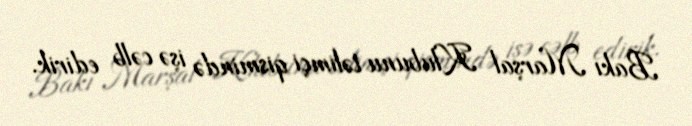
Bakı Marşal Klubunu təlimçi qismində işə cəlb edirik.